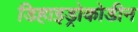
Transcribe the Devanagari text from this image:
डिहाइड्रोकोडीन